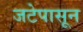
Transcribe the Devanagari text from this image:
जटेपासून